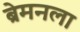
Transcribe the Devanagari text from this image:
ब्रेमनला